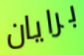
برايان